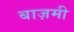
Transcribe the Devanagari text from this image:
बाज़मी